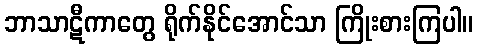
ဘာသာဋီကာတွေ ရိုက်နိုင်အောင်သာ ကြိုးစားကြပါ။